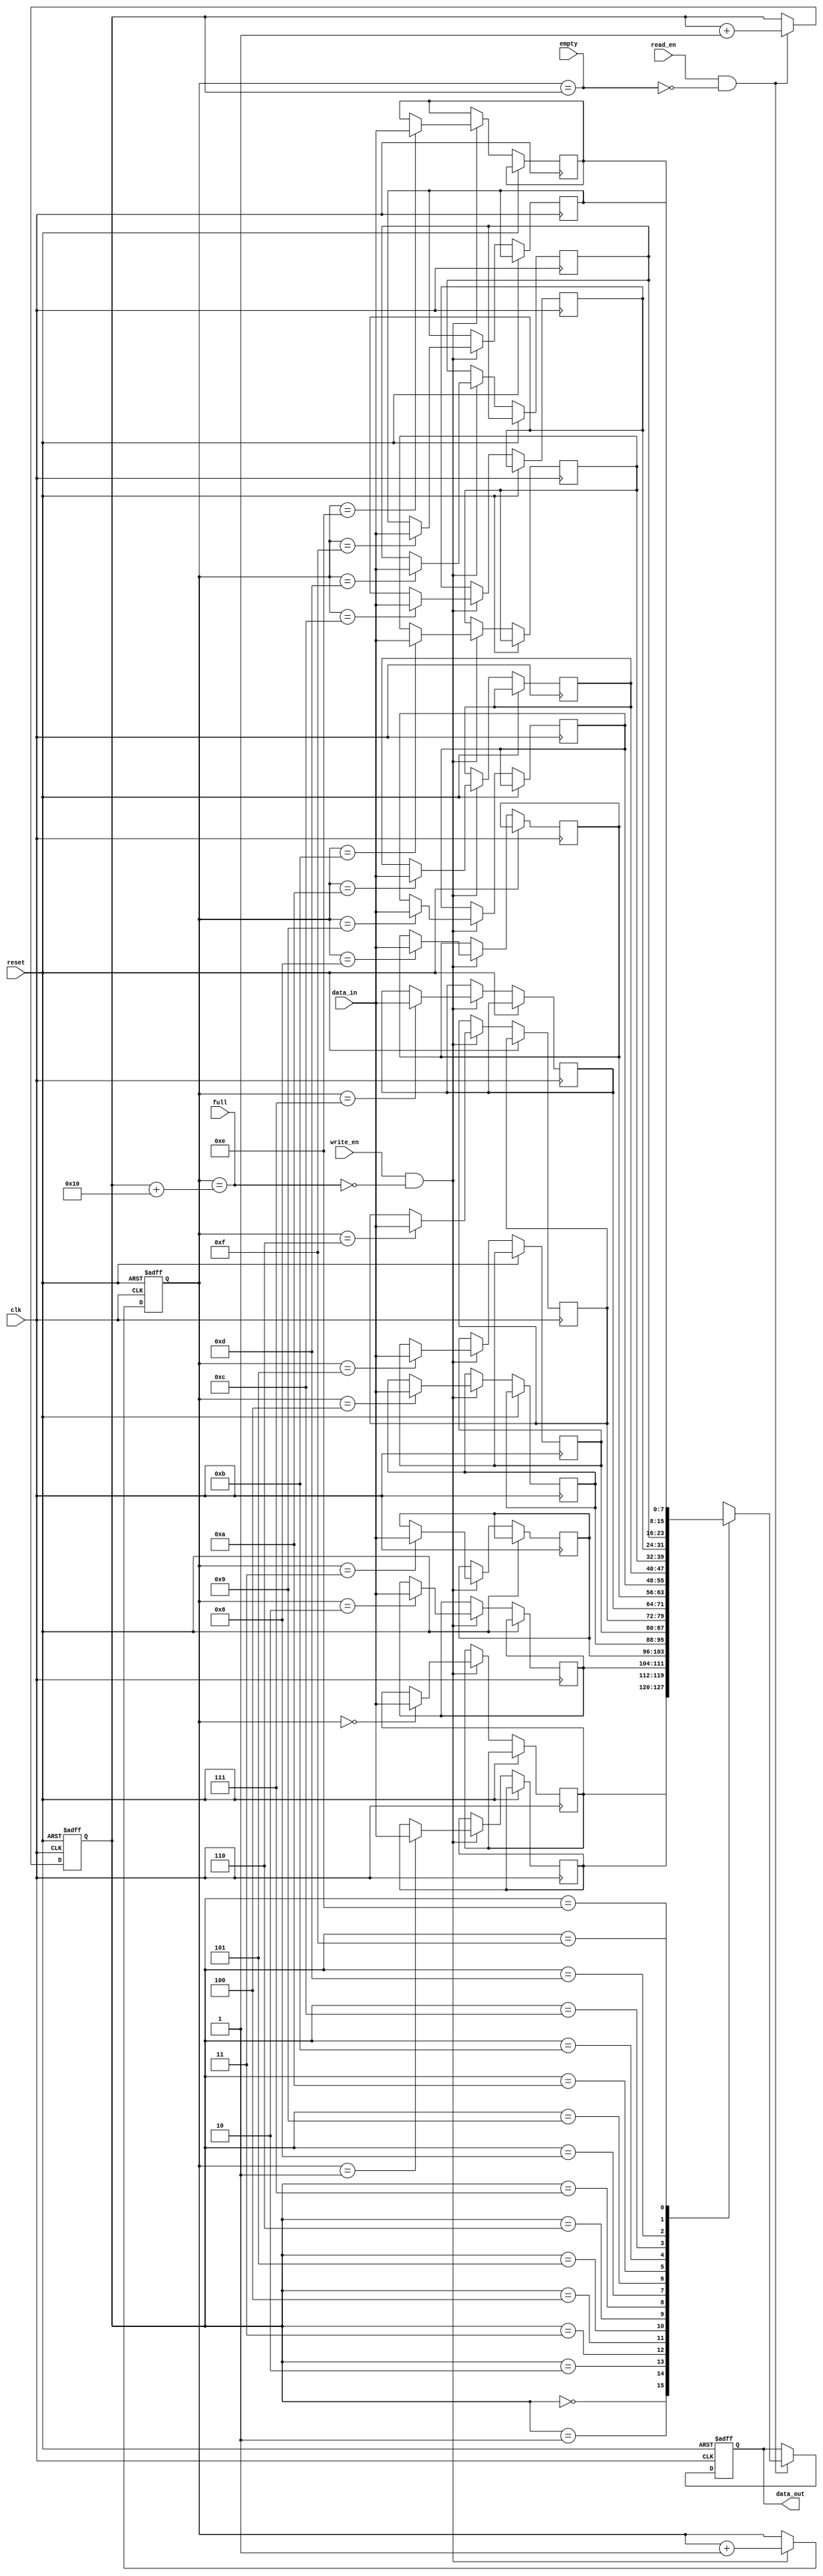
module bidirectional_fifo #(parameter DEPTH = 16) (
    input wire clk,
    input wire reset,
    input wire read_en,
    input wire write_en,
    input wire [7:0] data_in,
    output reg [7:0] data_out,
    input wire empty,
    input wire full
);

reg [7:0] fifo_mem [0:DEPTH-1];
reg [3:0] write_ptr;
reg [3:0] read_ptr;

always @ (posedge clk or posedge reset) begin
    if (reset) begin
        write_ptr <= 4'b0;
        read_ptr <= 4'b0;
        data_out <= 8'b0;
    end else begin
        if (write_en && !full) begin
            fifo_mem[write_ptr] <= data_in;
            write_ptr <= write_ptr + 1;
        end
        
        if (read_en && !empty) begin
            data_out <= fifo_mem[read_ptr];
            read_ptr <= read_ptr + 1;
        end
    end
end

assign empty = (write_ptr == read_ptr);
assign full = (write_ptr == read_ptr + DEPTH);

endmodule